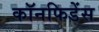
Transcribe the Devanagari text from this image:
कॉनफिडेंस